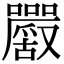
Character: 𡅮